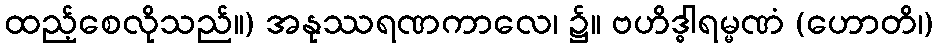
ထည့်စေလိုသည်။) အနုဿရဏကာလေ၊ ၌။ ဗဟိဒ္ဓါရမ္မဏံ (ဟောတိ၊)